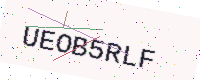
Text: UEOB5RLF